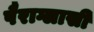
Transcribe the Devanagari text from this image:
पैराग्लासी